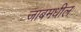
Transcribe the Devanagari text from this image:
जाबमधील